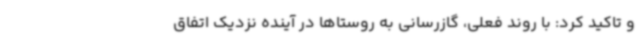
و تاکید کرد: با روند فعلی، گازرسانی به روستاها در آینده نزدیک اتفاق